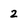
Character: 2